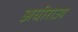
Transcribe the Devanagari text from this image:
अधीराज्य